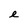
Character: e